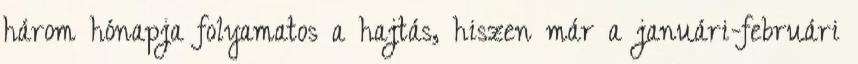
három hónapja folyamatos a hajtás, hiszen már a januári-februári